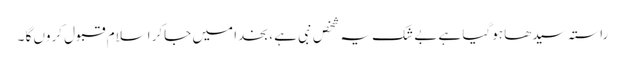
راستہ سیدھا ہوگیا ہے بے شک یہ شخص نبی ہے ، بخدا میں جاکر اسلام قبول کروں گا ۔